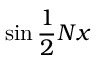
\sin { \frac { 1 } { 2 } } N x